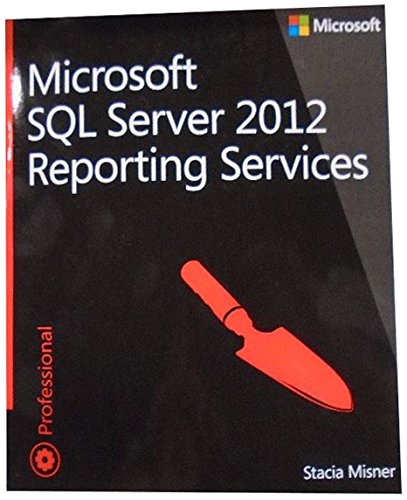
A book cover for Microsoft SQL Server 2012 Reporting Services (Developer Reference); Stacia Misner; Computers & Technology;